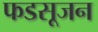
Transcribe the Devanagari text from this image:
फडसूजन